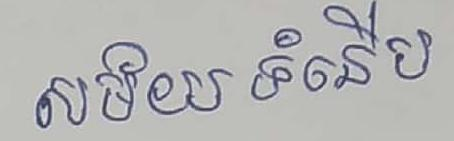
សម័យ ទំនើប